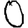
Digit: 0